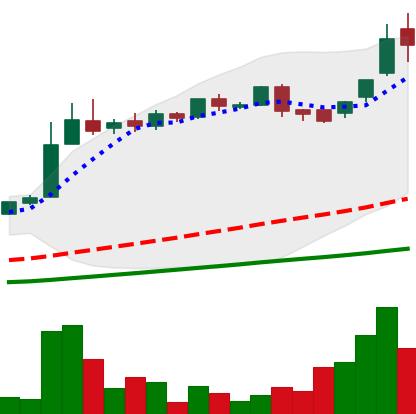
Ticker: LTC-USD
Chart end date: 2016-06-13
Forward return: 5.097%
Label: up_5_7